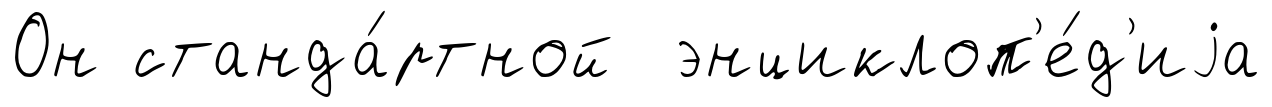
Он станда́ртной энциклоп'е́д'иjа